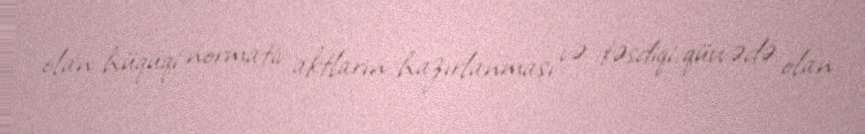
olan hüquqi normativ aktların hazırlanması və təsdiqi, qüvvədə olan